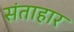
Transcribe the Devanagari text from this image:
संताहार